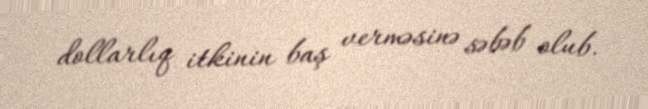
dollarlıq itkinin baş verməsinə səbəb olub.